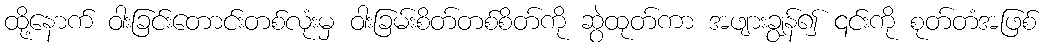
ထို့နောက် ဝါးခြင်းတောင်းတစ်လုံးမှ ဝါးခြမ်းစိတ်တစ်စိတ်ကို ဆွဲထုတ်ကာ အဖျားချွန်၍ ၎င်းကို စုတ်တံအဖြစ်